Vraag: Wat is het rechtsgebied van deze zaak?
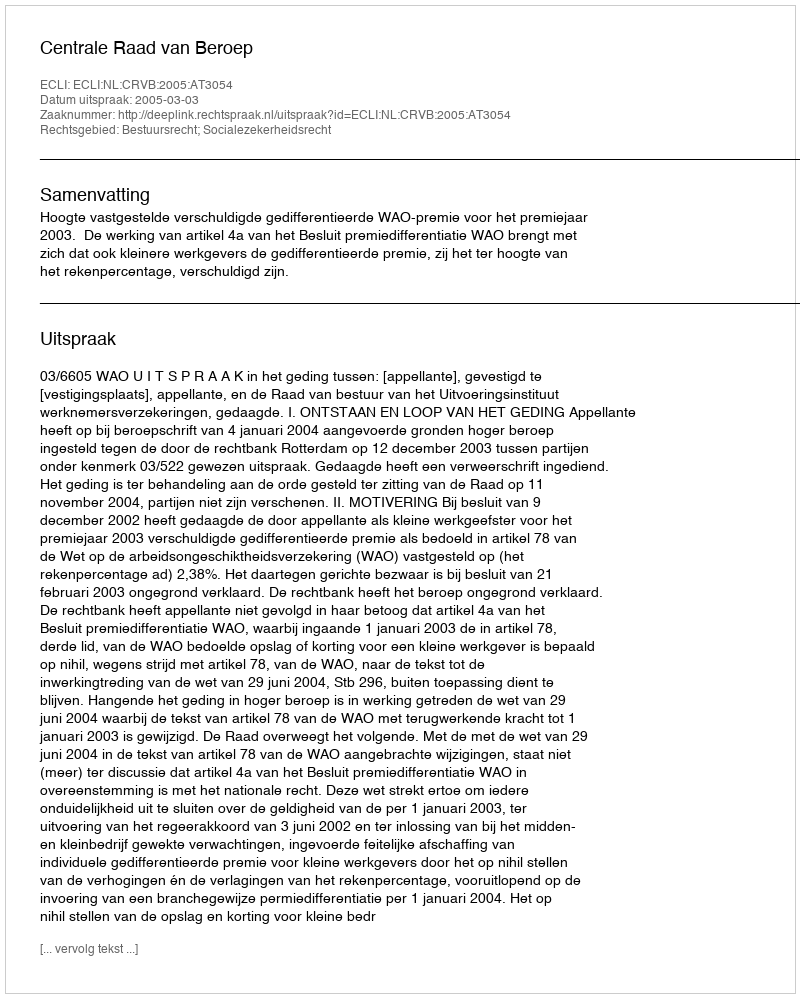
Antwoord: Bestuursrecht; Socialezekerheidsrecht